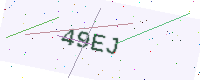
Text: 49EJ